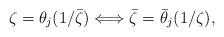
LaTeX: \begin{align*} {\zeta}={\theta_j}(1/\bar\zeta) \Longleftrightarrow \bar{\zeta}=\bar{\theta}_j(1/\zeta), \end{align*}